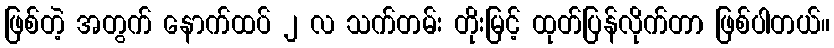
ဖြစ်တဲ့ အတွက် နောက်ထပ် ၂ လ သက်တမ်း တိုးမြင့် ထုတ်ပြန်လိုက်တာ ဖြစ်ပါတယ်။